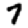
Digit: 7